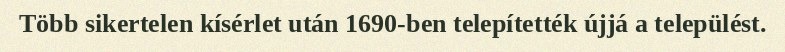
Több sikertelen kísérlet után 1690-ben telepítették újjá a települést.